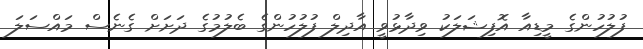
ފުލުހުންގެ މީޑިއާ އޮފިޝަލަކު ވިދާޅުވީ އާދިލް ފުލުހުންގެ ބެލުމުގެ ދަށަށް ގެނެސް މައްސަލަ